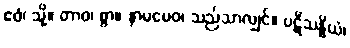
ဧဝံ၊ သို့။ တာဝ၊ စွာ။ နာမမေဝ၊ သည်သာလျှင်။ ပဋိသန္ဓိယံ၊